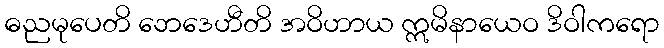
ဓညမုပေတိ ဘေဒေဟီတိ အဝိဟာယ ဣမိနာယေဝ ဒိဝါကရော